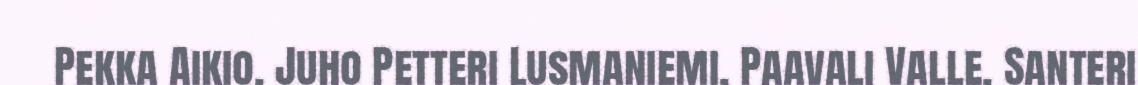
Pekka Aikio, Juho Petteri Lusmaniemi, Paavali Valle, Santeri